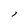
Character: l